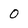
Character: O